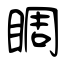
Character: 睭